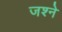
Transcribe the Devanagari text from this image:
जश्ने